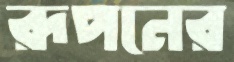
রূপনের